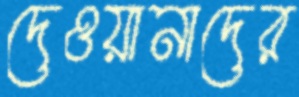
দেওয়ানাদের